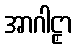
အာဂါဠှာ